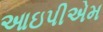
આઇપીએમ